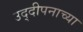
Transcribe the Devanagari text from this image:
उद्दीपनाच्या